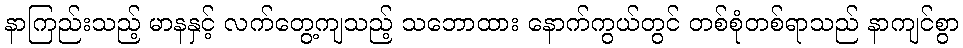
နာကြည်းသည့် မာနနှင့် လက်တွေ့ကျသည့် သဘောထား နောက်ကွယ်တွင် တစ်စုံတစ်ရာသည် နာကျင်စွာ